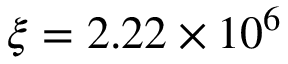
\xi = 2 . 2 2 \times 1 0 ^ { 6 }